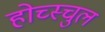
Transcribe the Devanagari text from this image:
होच्स्चुल